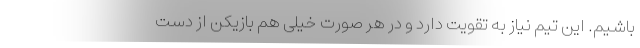
باشیم. این تیم نیاز به تقویت دارد و در هر صورت خیلی هم بازیکن از دست